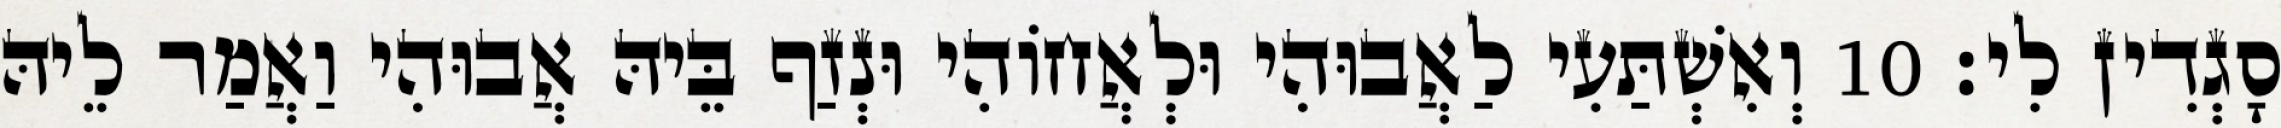
סָגְדִין לִי׃ 10 וְאִשְׁתַּעִי לַאֲבוּהִי וּלְאֲחוֹהִי וּנְזַף בֵּיהּ אֲבוּהִי וַאֲמַר לֵיהּ